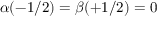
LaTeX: \alpha ( - 1 / 2 ) = \beta ( + 1 / 2 ) = 0